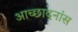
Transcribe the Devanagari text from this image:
आच्छादनांस